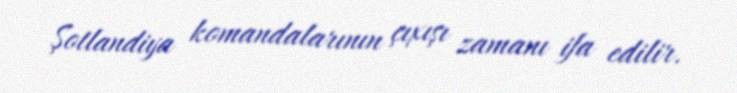
Şotlandiya komandalarının çıxışı zamanı ifa edilir.